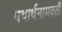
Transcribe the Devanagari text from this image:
यथार्थनामवती